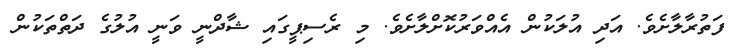
ފަތުރާލާށެވެ. އަދި އުލަކުން އެއްވަރުކޮށްލާށެވެ. މި ރެސިޕީގައި ޝާދްނީ ވަނީ އުލުގެ ދަތްތަކުން